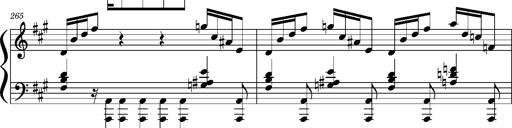
Title: Concerto sans orchestre, S.524a
Composer: Franz Liszt
Key: A major